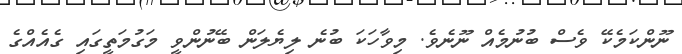
ނޫންކަމެކޭ ވެސް ބުނުމެއް ނޫނެވެ. މިވާހަކަ ބުނެ ލިޔެލަން ބޭނުންވީ މަގުމަތީގައި ގެއެއްގެ